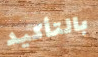
بالتأكيد